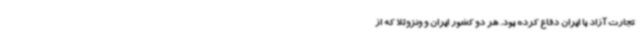
تجارت آزاد با ایران دفاع کرده بود. هر دو کشور ایران و ونزوئلا که از